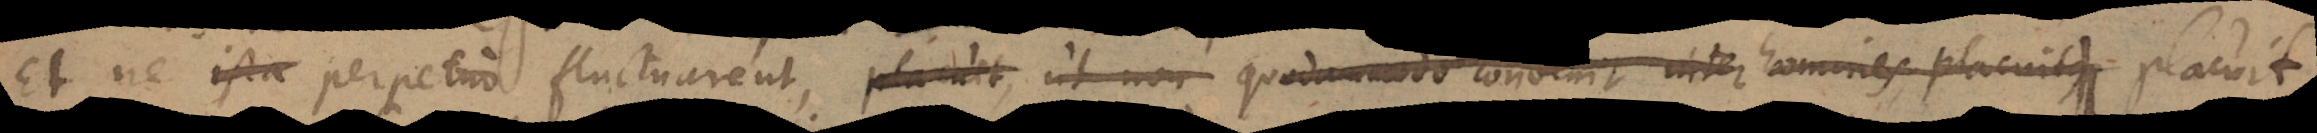
ne ista perpetuo fluctuarent, placuit, ut non circa j quodammodo convenit inter homines, placui